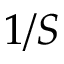
1 / S